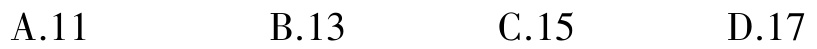
A.11

B.13

C.15

D.17